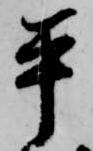
平